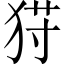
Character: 𱭾